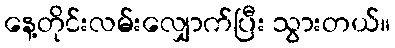
နေ့တိုင်းလမ်းလျှောက်ပြီး သွားတယ်။